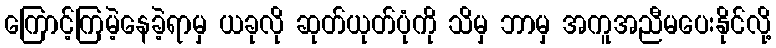
ကြောင့်ကြမဲ့နေခဲ့ရာမှ ယခုလို ဆုတ်ယုတ်ပုံကို သိမှ ဘာမှ အကူအညီမပေးနိုင်လို့